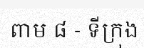
ពាម ៨ - ទីក្រុង